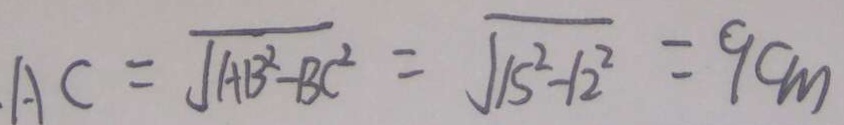
A C = \sqrt { A B ^ { 2 } - B C ^ { 2 } } = \sqrt { 1 5 ^ { 2 } - 1 2 ^ { 2 } } = 9 c m